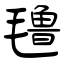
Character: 氇